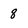
Character: 8